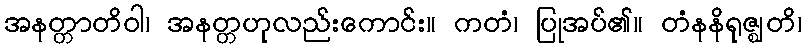
အနတ္တာတိဝါ၊ အနတ္တဟုလည်းကောင်း။ ကတံ၊ ပြုအပ်၏။ တံနနိရုဇ္ဈတိ၊